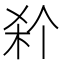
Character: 𭩭